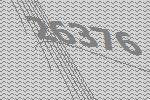
26376